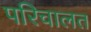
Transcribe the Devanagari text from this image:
परिचालत